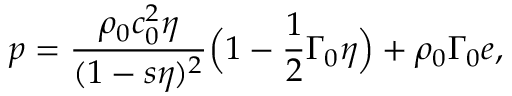
p = \frac { \rho _ { 0 } c _ { 0 } ^ { 2 } \eta } { ( 1 - s \eta ) ^ { 2 } } \Big ( 1 - \frac { 1 } { 2 } \Gamma _ { 0 } \eta \Big ) + \rho _ { 0 } \Gamma _ { 0 } e ,